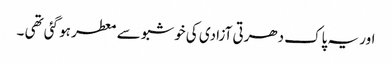
اور یہ پاک دھرتی آزادی کی خوشبو سے معطر ہو گئی تھی ۔